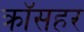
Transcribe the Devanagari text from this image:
क्रॉसहर